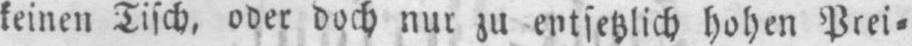
keinen Tisch, oder doch nur zu entsetzlich hohen Prei⸗